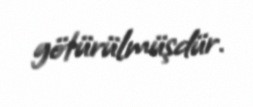
götürülmüşdür.